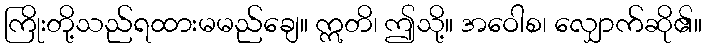
ကြိုးတို့သည်ရထားမမည်ချေ။ ဣတိ၊ ဤသို့။ အဝေါစ၊ လျှောက်ဆို၏။